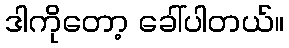
ဒါကိုတော့ ခေါ်ပါတယ်။